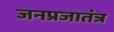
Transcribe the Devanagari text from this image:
जनप्रजातंत्र